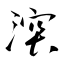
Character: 湥